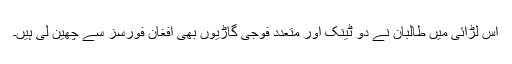
اس لڑائی میں طالبان نے دو ٹینک اور متعدد فوجی گاڑیوں بھی افغان فورسز سے چھین لی ہیں۔